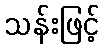
သန်းဖြင့်